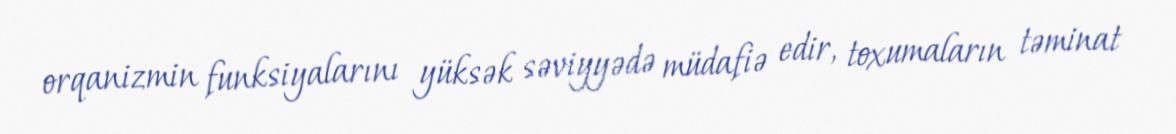
orqanizmin funksiyalarını yüksək səviyyədə müdafiə edir, toxumaların təminat